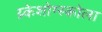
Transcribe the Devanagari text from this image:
य्र्केशोग्स्कोला